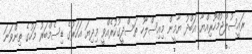
ރައީސުލްޖުމްހޫރިއްޔާ އަބްދު ޔާމީން މިއިސްލާހު ތަސްދީގުކުރެއްވީ މިދިޔަ އަހަރުގެ ޑިސެމްބަރު މަހުގެ ތިންވަނަ